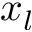
x _ { l }